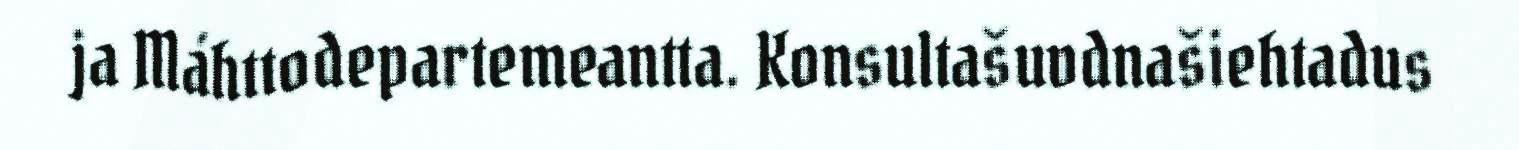
ja Máhttodepartemeantta. Konsultašuvdnašiehtadus